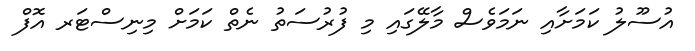
އުސޫލު ކަމަށާއި ނަމަވެސް މާލޭގައި މި ފުރުސަތު ނެތް ކަމަށް މިނިސްޓަރ އޮފް